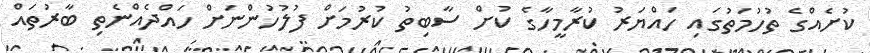
ކުށެއްގެ ތުހުމަތުގައި ހައްޔަރު ކުރާމީހާގެ ކުށް ސާބިތު ކުރުމަށް ފުލުހުންނަށް ހައްދެއްނެތި ބާރުތައް